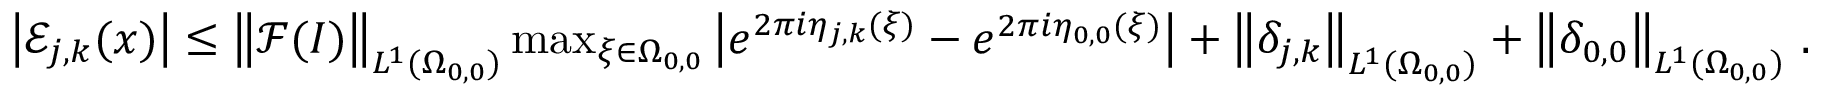
\begin{array} { r } { \left\vert \mathcal { E } _ { j , k } ( \boldsymbol { x } ) \right\vert \leq \left\| \mathcal { F } ( I ) \right\| _ { L ^ { 1 } ( \Omega _ { 0 , 0 } ) } \operatorname* { m a x } _ { \boldsymbol { \xi } \in \Omega _ { 0 , 0 } } \left\vert e ^ { 2 \pi i \eta _ { j , k } ( \boldsymbol { \xi } ) } - e ^ { 2 \pi i \eta _ { 0 , 0 } ( \boldsymbol { \xi } ) } \right\vert + \left\| \delta _ { j , k } \right\| _ { L ^ { 1 } ( \Omega _ { 0 , 0 } ) } + \left\| \delta _ { 0 , 0 } \right\| _ { L ^ { 1 } ( \Omega _ { 0 , 0 } ) } \, . } \end{array}